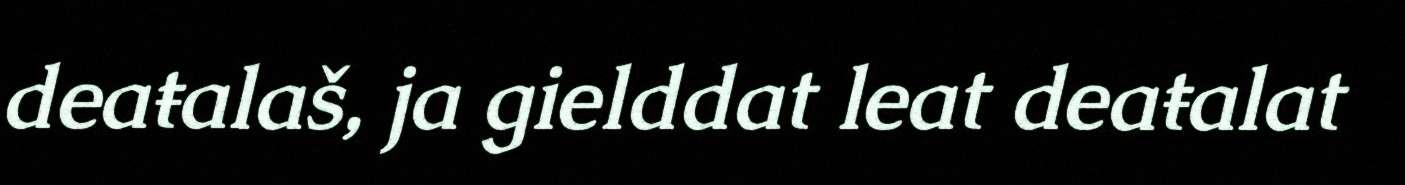
deaŧalaš, ja gielddat leat deaŧalat